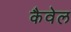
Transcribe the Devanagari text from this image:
कैवेल